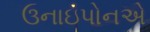
ઉનાઇપોનએ